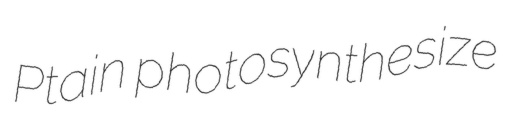
Ptain photosynthesize